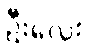
ဦးလေး